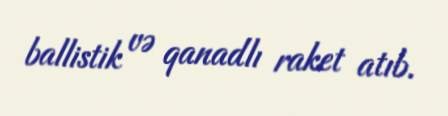
ballistik və qanadlı raket atıb.